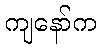
ကျနော်က